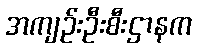
အကျဉ်းဦးစီးဌာနက